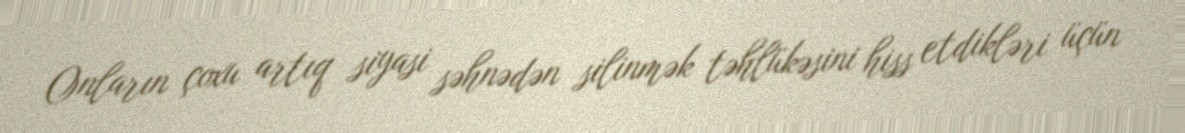
Onların çoxu artıq siyasi səhnədən silinmək təhlükəsini hiss etdikləri üçün